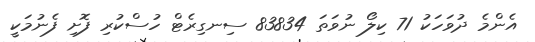
އެންމެ ދުވަހަކު 71 ކިލޯ ނުވަތަ 83834 ސިނގިރެޓް ހުސްކުރި ފޮށި ފެނުމަކީ